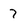
Character: 7